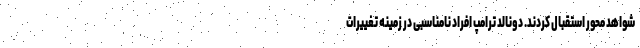
شواهد محور استقبال کردند. دونالد ترامپ افراد نامناسبی در زمینه تغییرات